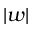
| w |